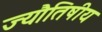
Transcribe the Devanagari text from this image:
ज्यौतिषीय